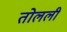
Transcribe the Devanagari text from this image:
तोलली